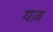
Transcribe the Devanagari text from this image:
यज़